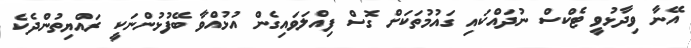
އޭނާ ވިދާޅުވީ ޓެކްސް ނުދައްކައި ގައުމުތަކަށް ގޮސް ފިއްލަވައިގެން އުޅުއްވާ ބޭފުޅުންނަކީ ރައްޔިތުންދެކެ